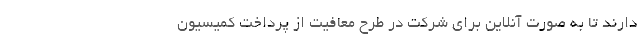
دارند تا به‌ صورت آنلاین برای شرکت در طرح معافیت از پرداخت کمیسیون